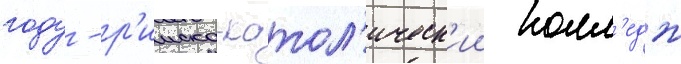
году - р'имско-катол'ическ'ии колл'едж